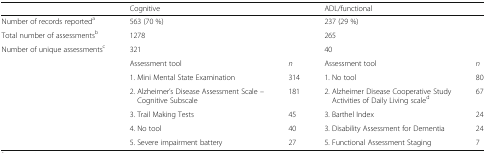
<table><thead><tr><td>[EMPTY_CELL]</td><td colspan="2"><b>Cognitive</b></td><td colspan="2"><b>ADL/functional</b></td></tr></thead><tbody><tr><td>Number of records reported<sup>a</sup></td><td colspan="2">563 (70 %)</td><td colspan="2">237 (29 %)</td></tr><tr><td>Total number of assessments<sup>b</sup></td><td colspan="2">1278</td><td colspan="2">265</td></tr><tr><td>Number of unique assessments<sup>c</sup></td><td colspan="2">321</td><td colspan="2">40</td></tr><tr><td rowspan="6">[EMPTY_CELL]</td><td>Assessment tool</td><td><i>n</i></td><td>Assessment tool</td><td><i>n</i></td></tr><tr><td>1. Mini Mental State Examination</td><td>314</td><td>1. No tool</td><td>80</td></tr><tr><td>2. Alzheimer’s Disease Assessment Scale – Cognitive Subscale</td><td>181</td><td>2. Alzheimer Disease Cooperative Study Activities of Daily Living scale<sup>d</sup></td><td>67</td></tr><tr><td>3. Trail Making Tests</td><td>45</td><td>3. Barthel Index</td><td>24</td></tr><tr><td>4. No tool</td><td>40</td><td>3. Disability Assessment for Dementia</td><td>24</td></tr><tr><td>5. Severe impairment battery</td><td>27</td><td>5. Functional Assessment Staging</td><td>7</td></tr></tbody></table>